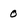
Character: 0